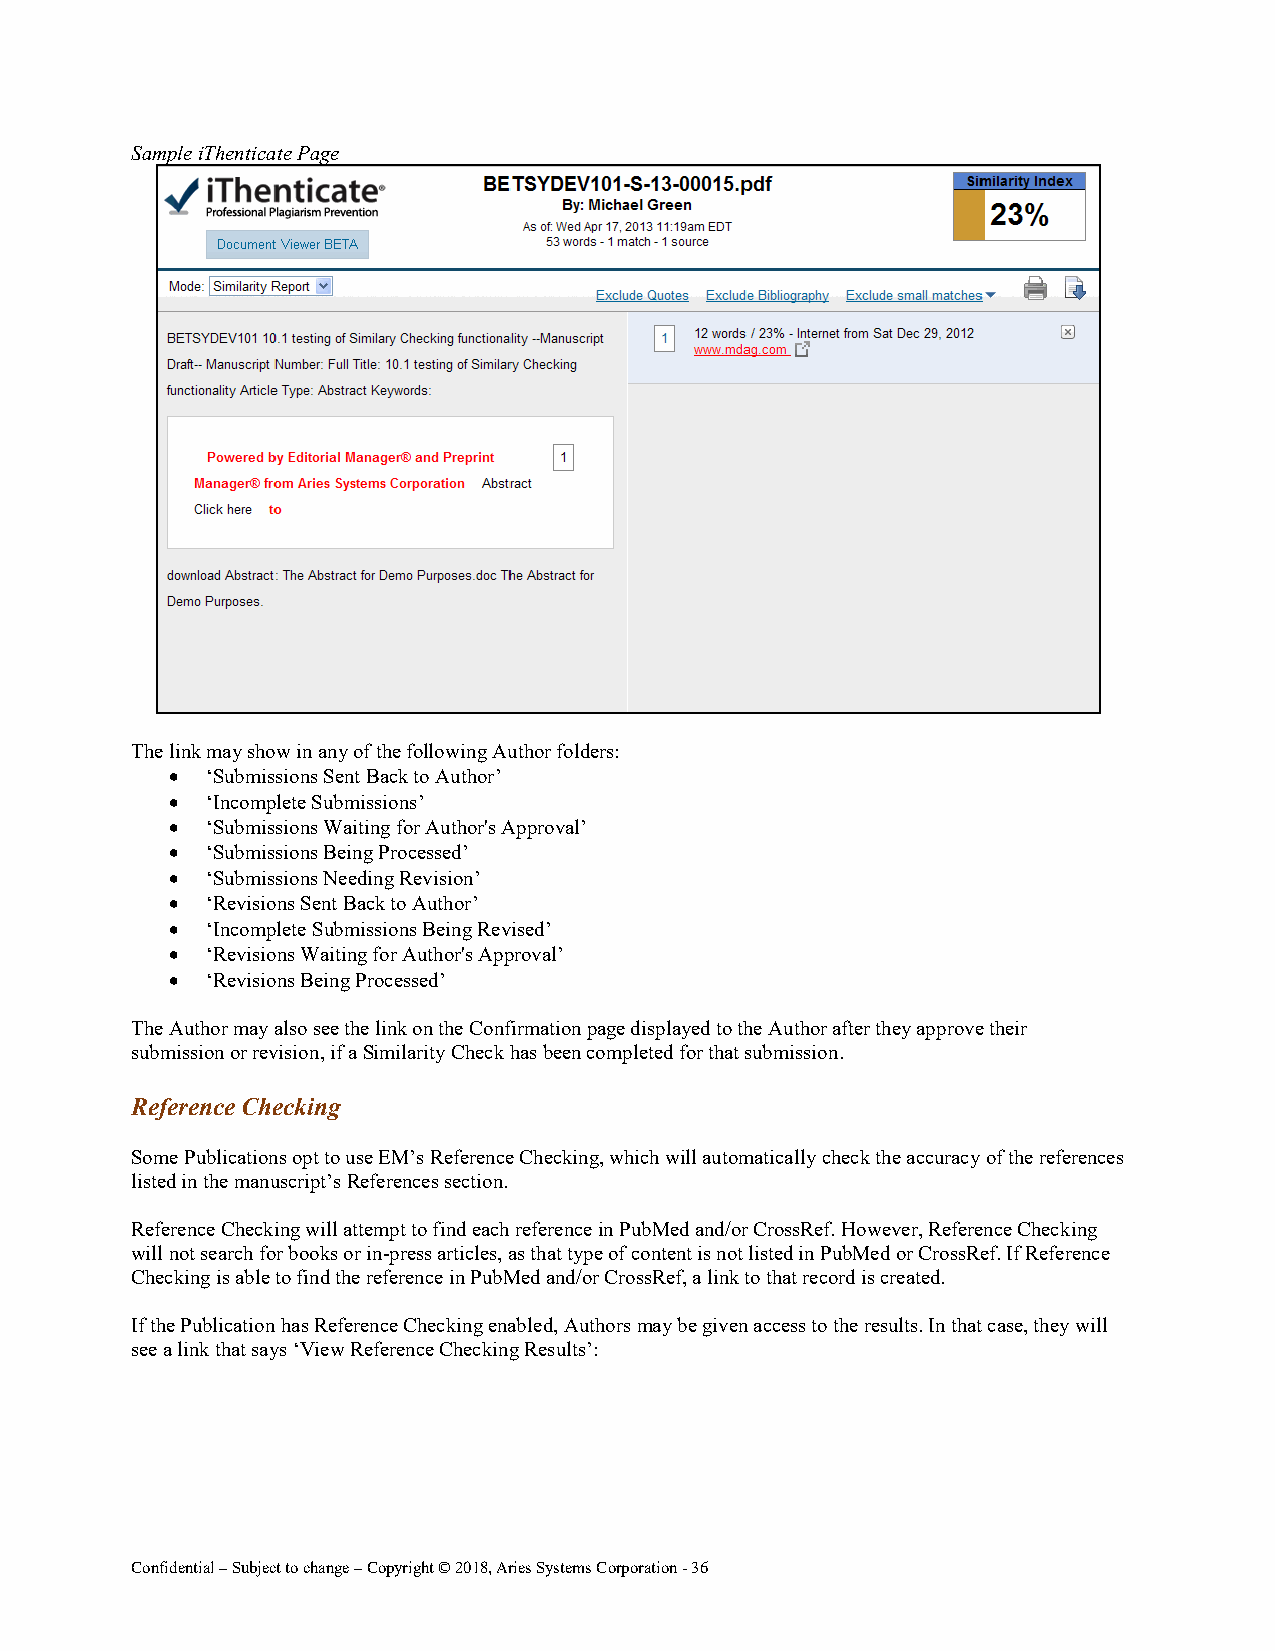
Sample iThenticate Page
 The link may show in any of the following Author folders:
 •  ‘Submissions Sent Back to Author’
 •  ‘Incomplete Submissions’
 •  ‘Submissions Waiting for Author's Approval’
 •  ‘Submissions Being Processed’
 •  ‘Submissions Needing Revision’
 •  ‘Revisions Sent Back to Author’
 •  ‘Incomplete Submissions Being Revised’
 •  ‘Revisions Waiting for Author's Approval’
 •  ‘Revisions Being Processed’
 The Author may also see the link on the Confirmation page displayed to the Author after they approve their
 submission or revision, if a Similarity Check has been completed for that submission.
 Reference Checking
 Some Publications opt to use EM’s Reference Checking, which will automatically check the accuracy of the references
 listed in the manuscript’s References section.
 Reference Checking will attempt to find each reference in PubMed and/or CrossRef. However, Reference Checking
 will not search for books or in-press articles, as that type of content is not listed in PubMed or CrossRef. If Reference
 Checking is able to find the reference in PubMed and/or CrossRef, a link to that record is created.
 If the Publication has Reference Checking enabled, Authors may be given access to the results. In that case, they will
 see a link that says ‘View Reference Checking Results’:
 Confidential – Subject to change – Copyright © 2018, Aries Systems Corporation - 36